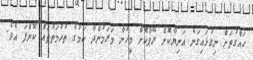
ހައްގުތަށް ނިގުޅައިގަނެ އަނިޔާކޮށް ރޭޕްކޮށް މީހުން މަރަމުންދާ ކަމުގެ ތުހުމަތުތައް ކޮށްފަ އެވެ.